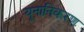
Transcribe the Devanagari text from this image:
यूनानिकरण